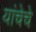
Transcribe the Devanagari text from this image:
यांचेचे